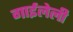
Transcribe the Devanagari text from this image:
गाईलेली